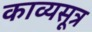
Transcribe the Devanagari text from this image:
काव्यसूत्र